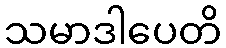
သမာဒါပေတိ